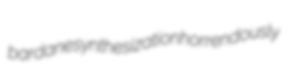
bardane synthesization horrendously